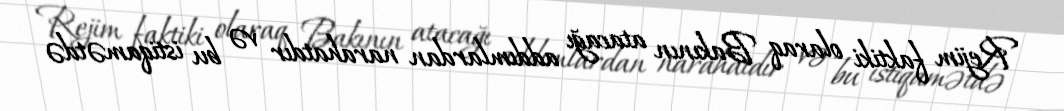
Rejim faktiki olaraq Bakının atacağı addımlardan narahatdır və bu istiqamətdə